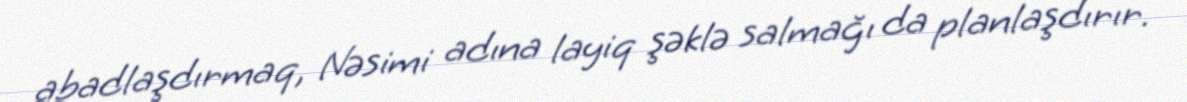
abadlaşdırmaq, Nəsimi adına layiq şəklə salmağı da planlaşdırır.